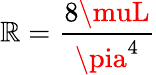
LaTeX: \mathbb{R}=\frac{{8\muL}}{{\pia^{4}}}